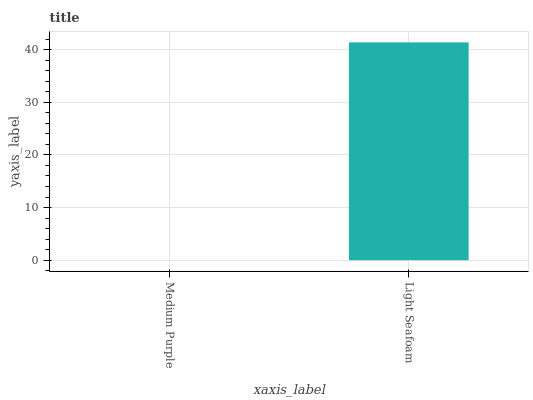
| xaxis_label | bars |
 | --- | --- |
 | Medium Purple | 0 |
 | Light Seafoam | 41.4 |